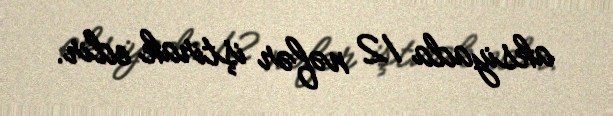
aksiyada 12 nəfər iştirak edir.